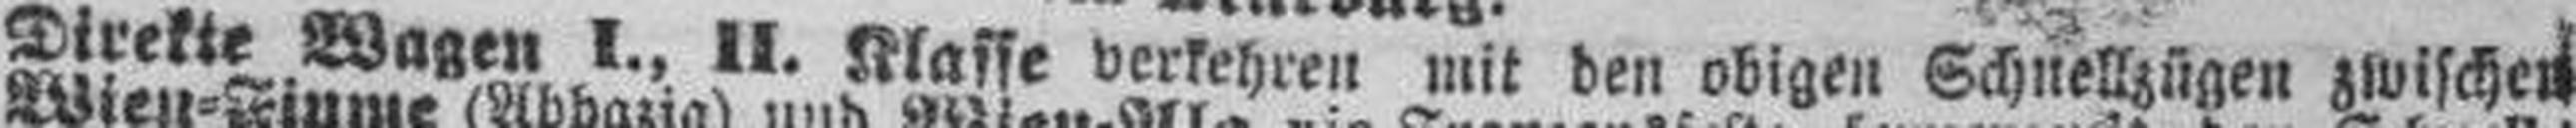
Direkte Wagen I., II. Klasse verkehren mit den obigen Schnellzügen zwischen